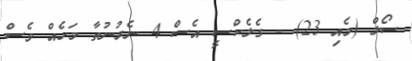
ސޯލް (މެއި 23) - ގެލެކްސީ އެސް 4 ނެރުނުތާ މަހެއް ވެސް